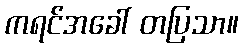
ကရင်အခေါ် တပြသာ။